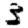
Digit: 3